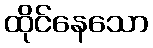
ထိုင်နေသော